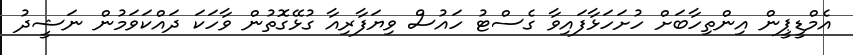
އެމްޑީޕީން އިންތިހާބަށް ހުށަހަޅާފައިވާ ގެސްޓު ހައުސް ވިޔަފާރިއާ ގުޅޭގޮތުން ވާހަކަ ދައްކަވަމުން ނަޝީދު